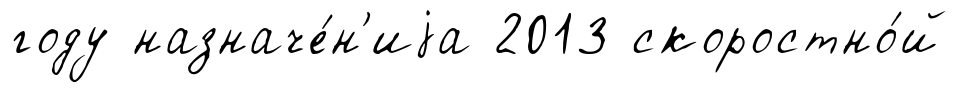
году назначе́н'иjа 2013 скоростно́й